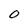
Character: 0